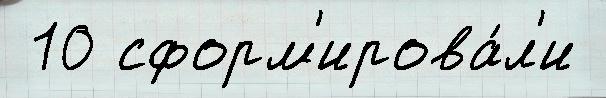
 10 сформ'ирова́л'и